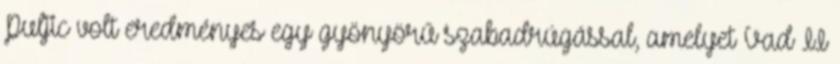
Puljic volt eredményes egy gyönyörű szabadrúgással, amelyet Vad II